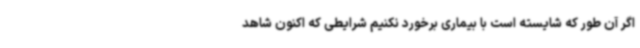
اگر آن طور که شایسته است با بیماری برخورد نکنیم شرایطی که اکنون شاهد